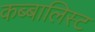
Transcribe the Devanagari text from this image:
कब्बालिस्ट